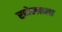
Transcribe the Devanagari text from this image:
रसेनकला